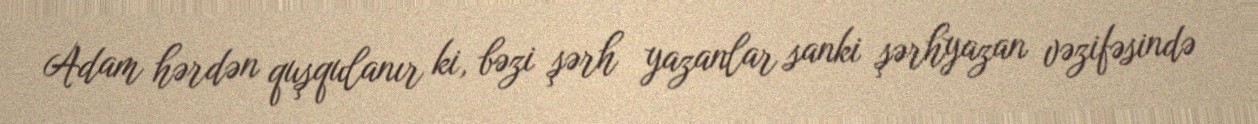
Adam hərdən quşqulanır ki, bəzi şərh yazanlar sanki şərhyazan vəzifəsində